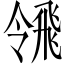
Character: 𩙳